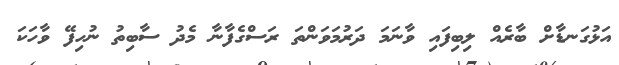
އަޅުގަނޑާށް ބާރެއް ލިބިފައި ވާނަމަ ދަރުމަވަންތަ ރަސްގެފާނާ މެދު ސާބިތު ނުހިފޭ ވާހަކަ